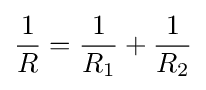
{\frac {1}{R}}={\frac {1}{R_{1}}}+{\frac {1}{R_{2}}}